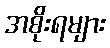
အစိုးရများ